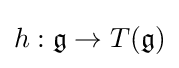
h:{\mathfrak {g}}\to T({\mathfrak {g}})